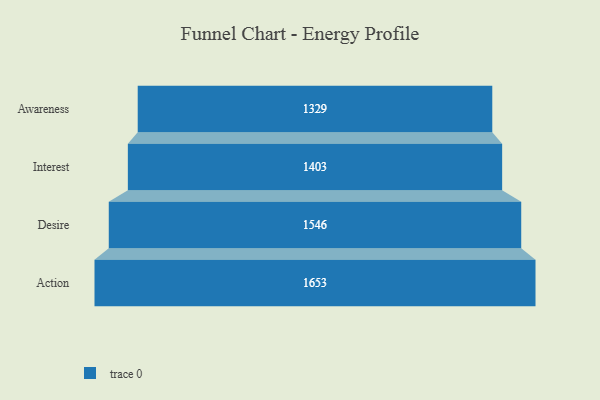
{"axis": {"x": "Stage", "y": "Value"}, "legend": [""], "data": [{"x": "Awareness", "y": 1329.0, "type": ""}, {"x": "Interest", "y": 1403.0, "type": ""}, {"x": "Desire", "y": 1546.0, "type": ""}, {"x": "Action", "y": 1653.0, "type": ""}]}